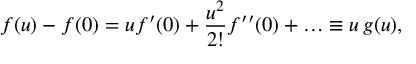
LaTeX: f ( u ) - f ( 0 ) = u f ^ { \prime } ( 0 ) + \frac { u ^ { 2 } } { 2 ! } f ^ { \prime \prime } ( 0 ) + \ldots \equiv u \, g ( u ) ,